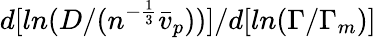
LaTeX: d[ln(D/(n^{-\frac{1}{3}}\bar{v}_{p}))]/d[ln(\Gamma/\Gamma_{m})]